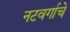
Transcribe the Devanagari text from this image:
नटवर्गाचे